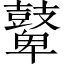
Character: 鼙